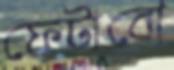
ফেটাবো